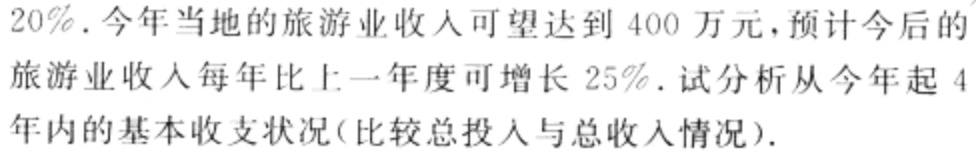
$20\%.今年当地的旅游业收入可望达到400万元，预计今后的\\旅游业收入每年比上一年度可增长25\%.试分析从今年起4\\年内的基本收支状况(比较总投入与总收入情况).$